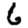
Digit: 6